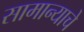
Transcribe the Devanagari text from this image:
सामान्याचे